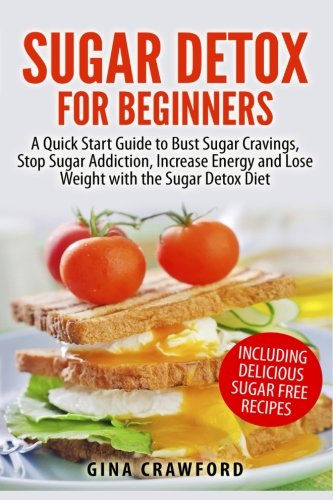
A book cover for Sugar Detox for Beginners: A Quick Start Guide to Bust Sugar Cravings, Stop Sugar Addiction, Increase Energy and Lose Weight with the Sugar Detox Diet, Including Sugar Free Recipes; Gina Crawford; Health, Fitness & Dieting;